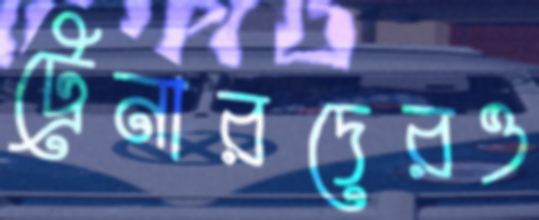
ট্রেনারদেরও